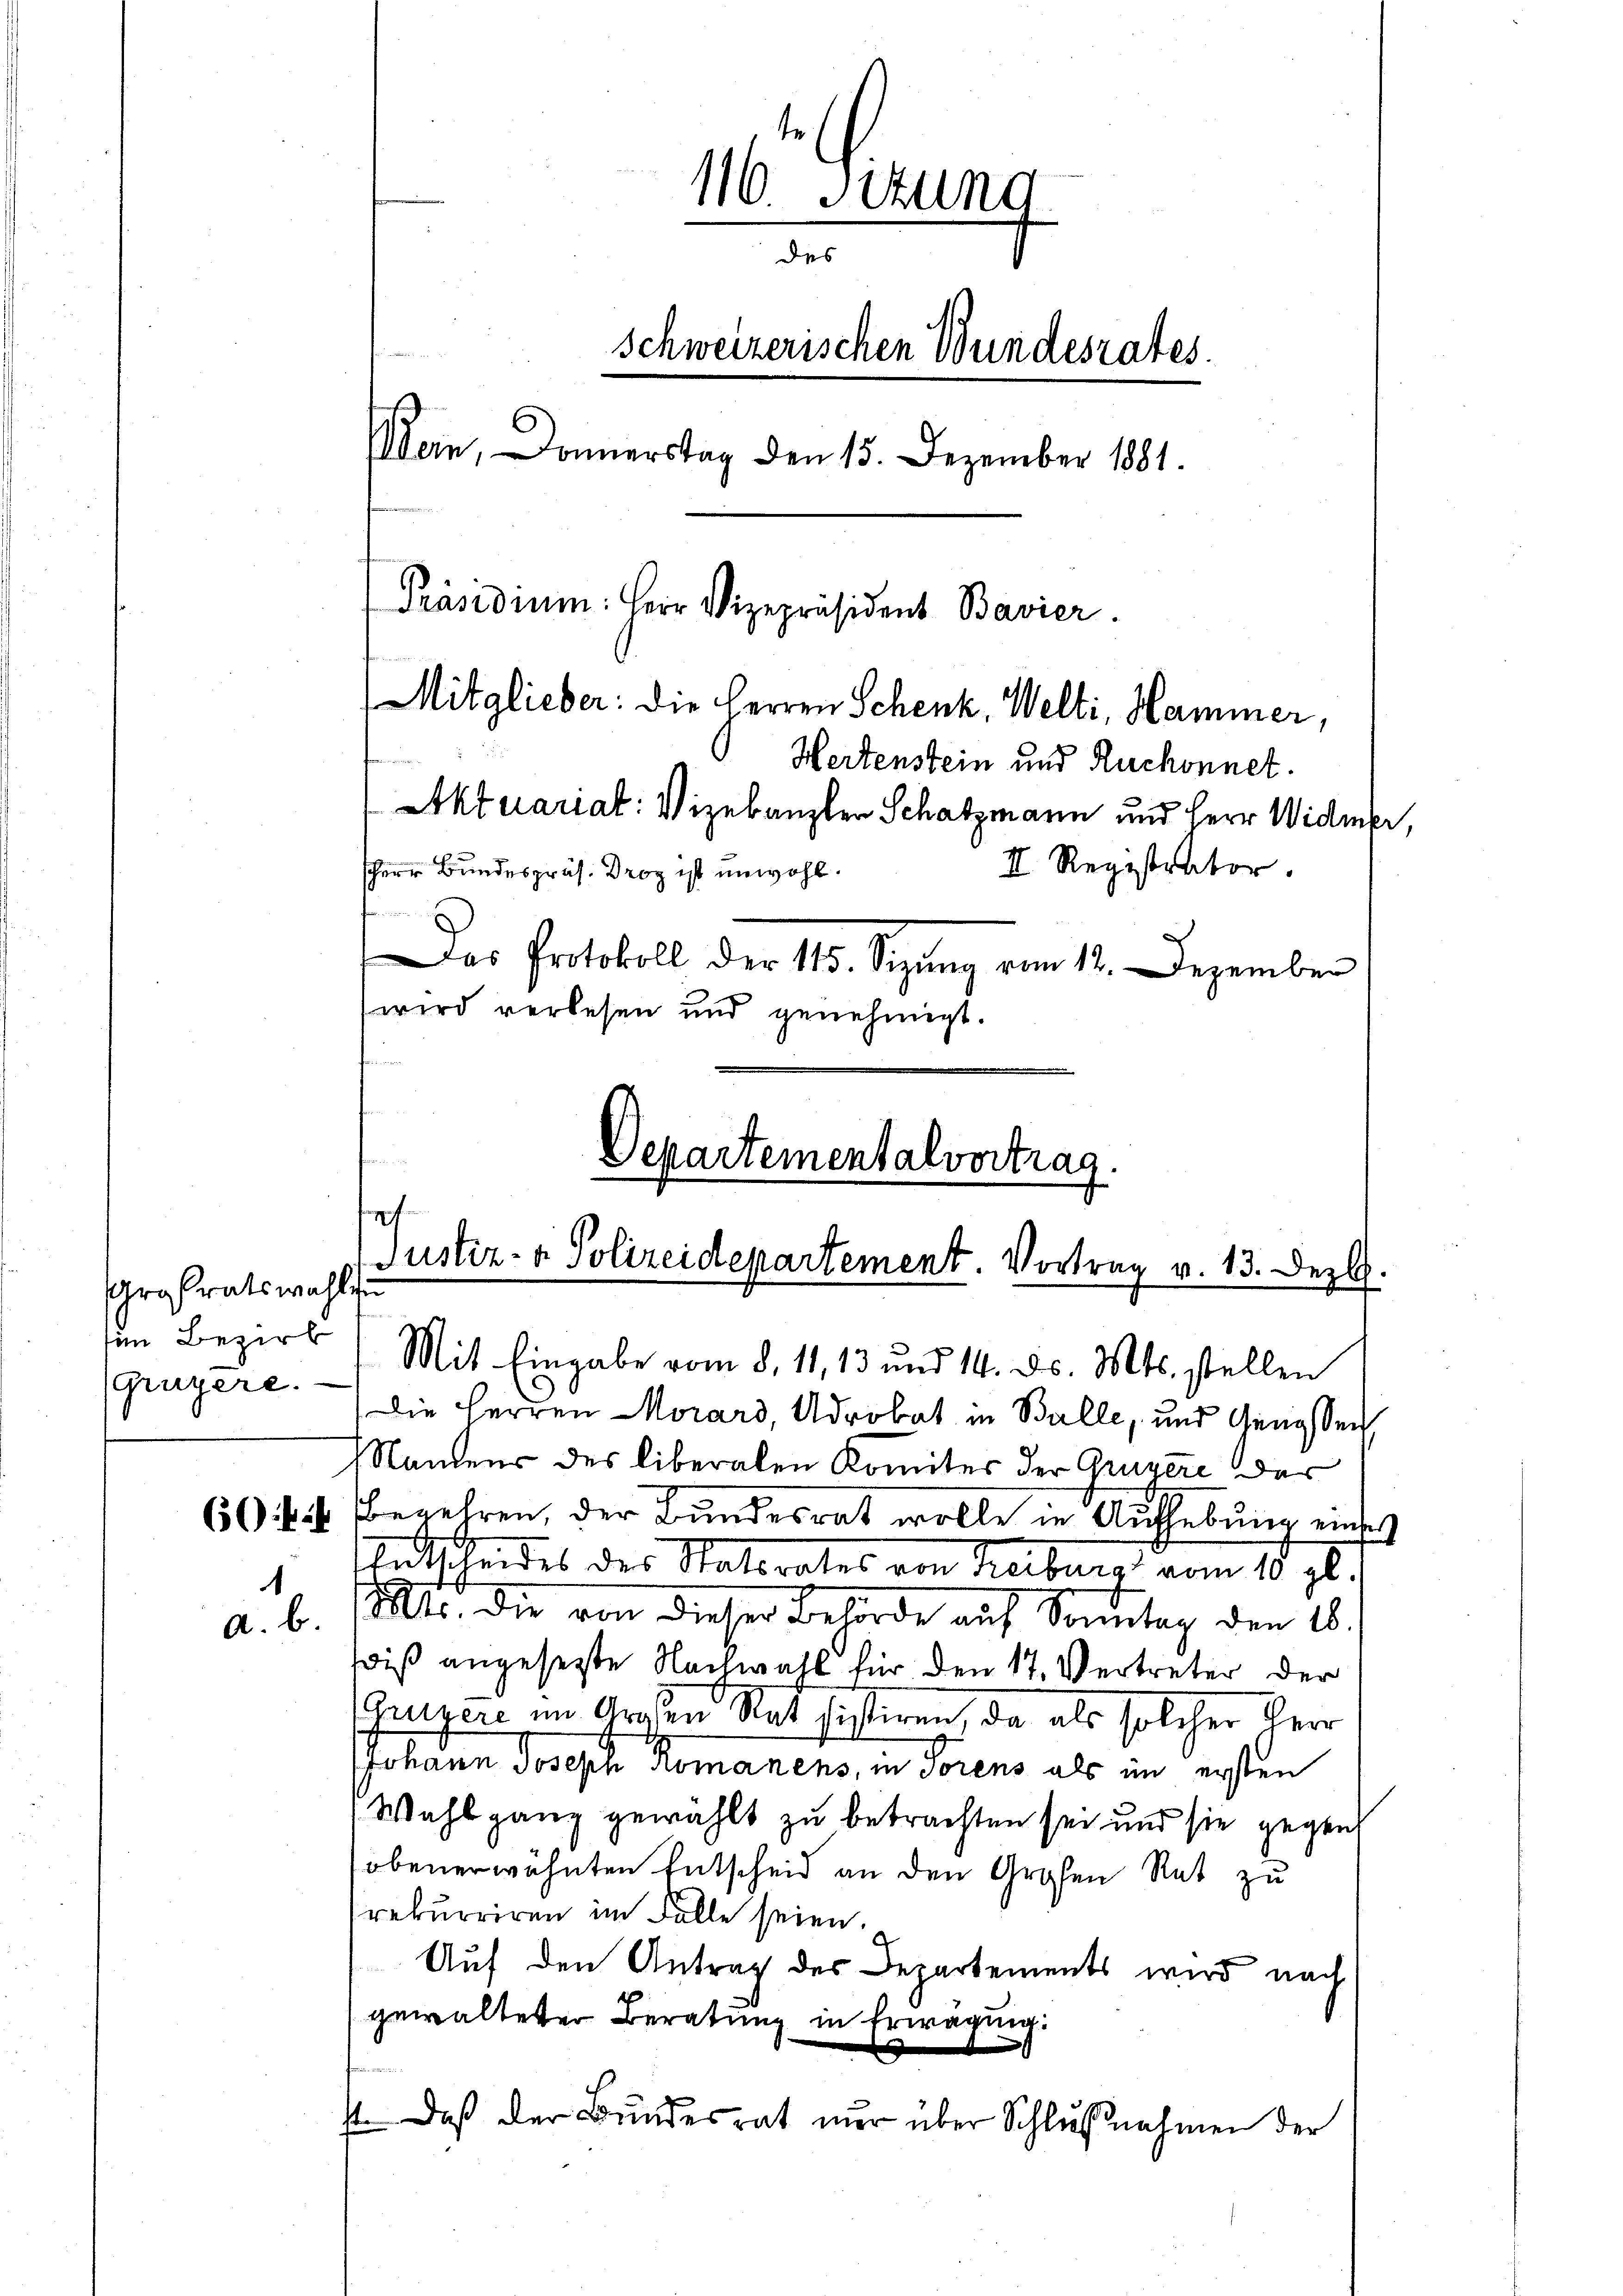
rasratswahl zu
sim Bezirk
Gruzere.

644
1
a. b.

116 Stun
des
Schweizerischen Bundesrates.
Wein, Donnerstag den 15. Dezember 1881.
Präsidium. Herr Vizepräsident Bavier.
Mitglieber: die Herren Schenk, Welti, Hammer,
Hertenstein und Ruchonnet.
Aktuariat: Vizekanzler Schatzmann und Herr Widmer,
II. Registrator.
sherr Bundespräs. Droz ist unwohl.
Das Protokoll der 115. Sigung vom 12. Dezember
wird verlesen und genehmigt.

Departementalvertrag.
ef
Justiz- & Polizeidepartement. Vortrag v. 13. Dezbr.
Mit Eingabe vom 8. 11, 13 und 14. ds. Mts. stellen

Die Herren Morard, Adrobat in Balle, und Genossen
Namens des liberalen Komites der Gruyere der
Begehren, der Bundesrat wolle in Aufhebung einer
Entscheides des Statorates von Freiburg vom 10. gl.
Mtr. die von dieser Behörde auf Sonntag den 16.
wiß angesetzte Nachwahl für den 17. Vertreter der
Grugen im Großen Rat sistiren, da als solcher Herr
JJohann Joseph Romanens, in Torens als im ersten
Wahl ganz gewählt zu betrachten sei und sie gegen
obenerwähnten Entscheid an den Großen Rat zu
rekurriren im Falle seien.
Auf den Antrag des Departements wird nach
gewalteter Beratung in Erwägung:
e
 daß der Bundesrat nur über Schlŭβnahmen der